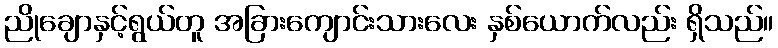
ညိုချောနှင့်ရွယ်တူ အခြားကျောင်းသားလေး နှစ်ယောက်လည်း ရှိသည်။